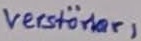
Text: Verstärker 1